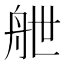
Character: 𮎉